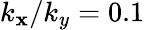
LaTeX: k_{\mathbf{x}}/k_{y}=0.1